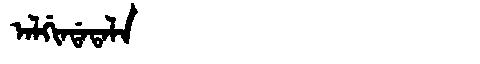
Manchu: ᠠᠯᡤᡳᠨᡩᠠᡨᠠᠯᠠ
Romanization: ALGINDATALA